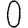
Digit: 0